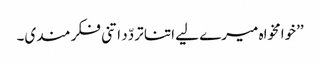
’’خوامخواہ میرے لیے اتنا تردّد اتنی فکر مندی۔